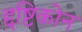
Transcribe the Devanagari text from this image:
द्दष्टिकोन